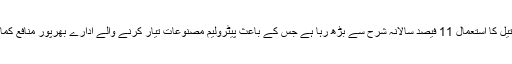
ملک میں تیل کا استعمال 11 فیصد سالانہ شرح سے بڑھ رہا ہے جس کے باعث پیٹرولیم مصنوعات تیار کرنے والے ادارے بھرپور منافع کما رہے ہیں۔